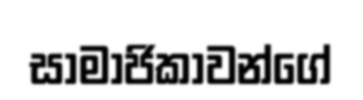
සාමාජිකාවන්ගේ